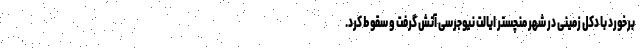
برخورد با دکل زمینی در شهر منچستر ایالت نیوجرسی آتش گرفت و سقوط کرد.